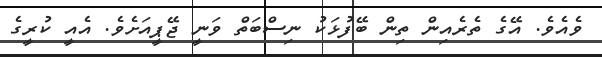
ވެއެވެ. އޭގެ ތެރެއިން ތިން ބޭފުޅަކު ނިސްބަތް ވަނީ ޖޭޕީއަށެވެ. އެއީ ކުރީގެ